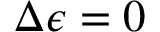
\Delta \epsilon = 0